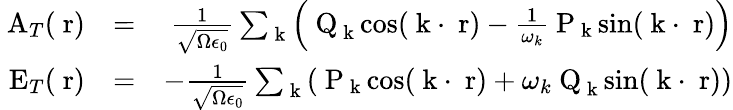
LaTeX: \begin{array}{rlr}{\mathrm{\mathbf~A}_{T}(\mathrm{\mathbf~r})}&{=}&{\frac{1}{\sqrt{\Omega\epsilon_{0}}}\sum_{\mathrm{\mathbf~k}}\left(\mathrm{\mathbf~Q}_{\mathrm{\mathbf~k}}\cos(\mathrm{\mathbf~k}\cdot\mathrm{\mathbf~r})-\frac{1}{\omega_{k}}\mathrm{\mathbf~P}_{\mathrm{\mathbf~k}}\sin(\mathrm{\mathbf~k}\cdot\mathrm{\mathbf~r})\right)}\\ {\mathrm{\mathbf~E}_{T}(\mathrm{\mathbf~r})}&{=}&{-\frac{1}{\sqrt{\Omega\epsilon_{0}}}\sum_{\mathrm{\mathbf~k}}\left(\mathrm{\mathbf~P}_{\mathrm{\mathbf~k}}\cos(\mathrm{\mathbf~k}\cdot\mathrm{\mathbf~r})+\omega_{k}\mathrm{\mathbf~Q}_{\mathrm{\mathbf~k}}\sin(\mathrm{\mathbf~k}\cdot\mathrm{\mathbf~r})\right)}\end{array}